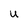
Character: U